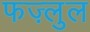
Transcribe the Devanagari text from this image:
फज़्लुल